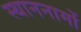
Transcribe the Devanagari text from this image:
स्थाननामों